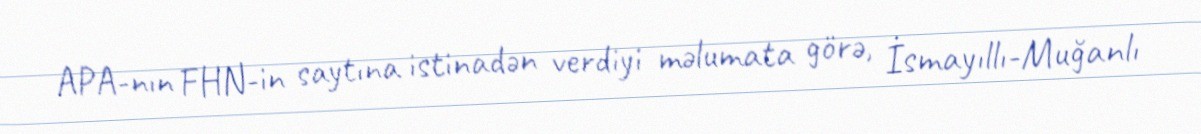
APA-nın FHN-in saytına istinadən verdiyi məlumata görə, İsmayıllı-Muğanlı